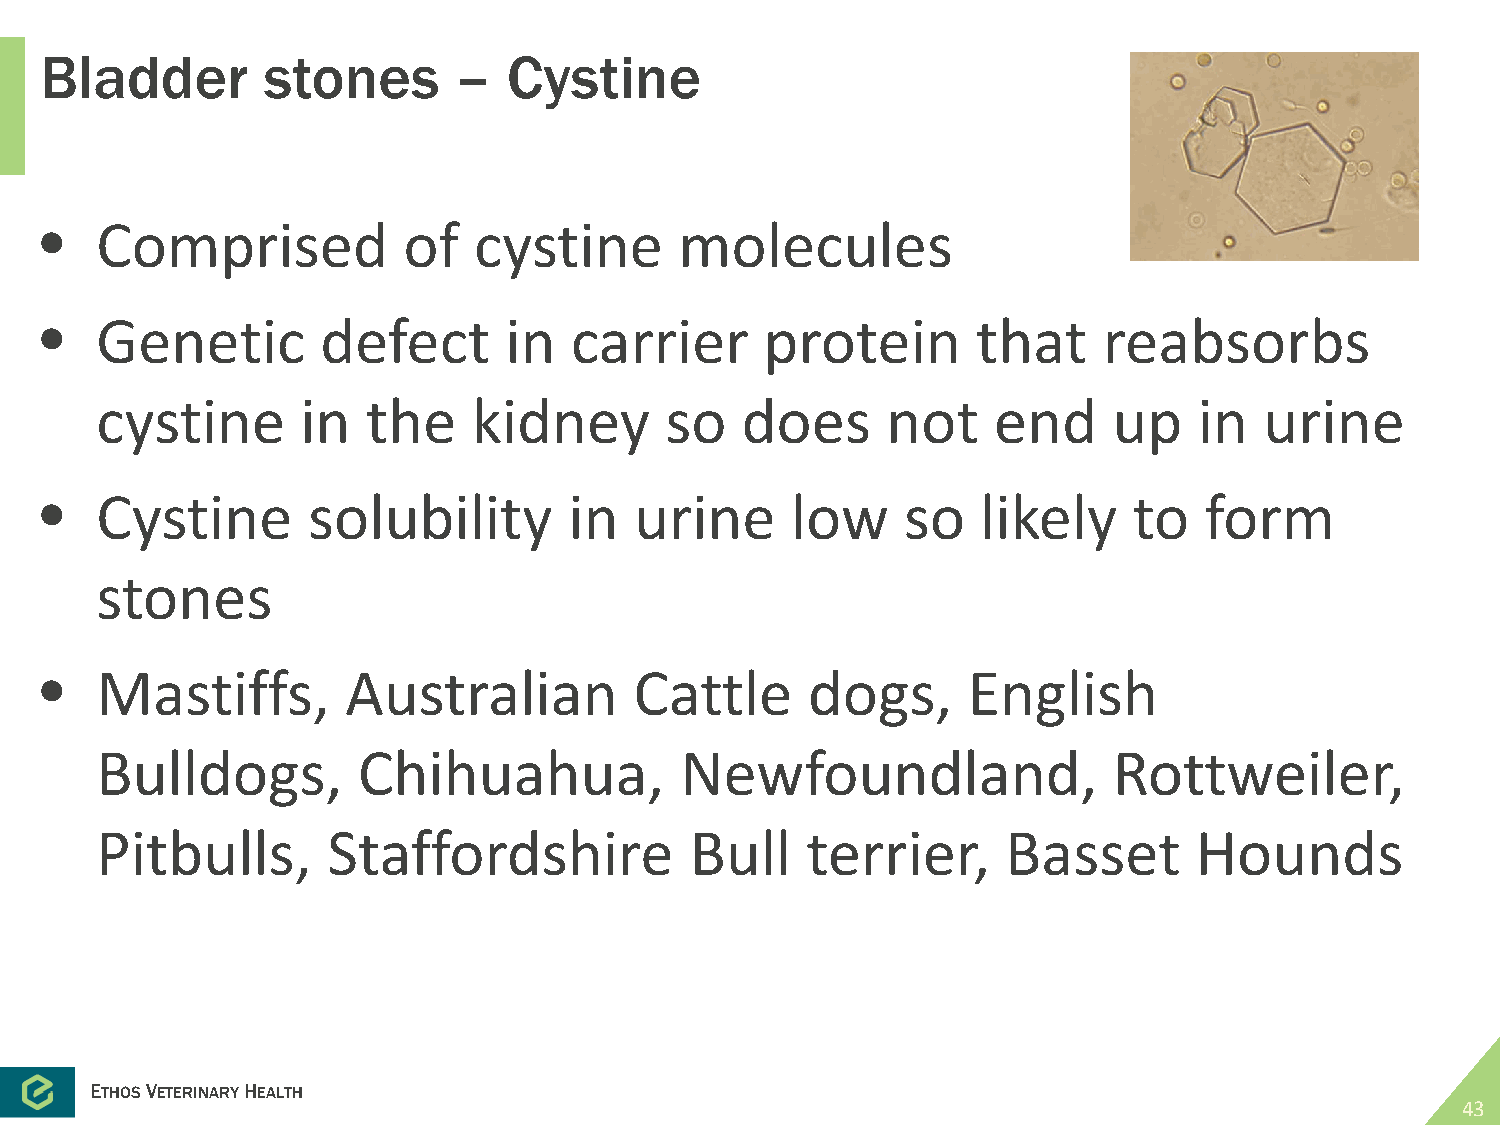
Bladder       stones       –   Cystine
 •  Comprised            of  cystine       molecules
 •  Genetic        defect      in   carrier      protein       that    reabsorbs
 cystine       in  the    kidney       so   does      not    end     up   in   urine
 •  Cystine       solubility        in  urine     low     so   likely    to   form
 stones
 •  Mastiffs,        Australian         Cattle     dogs,      English
 Bulldogs,         Chihuahua,           Newfoundland,                Rottweiler,
 Pitbulls,       Staffordshire           Bull   terrier,      Basset      Hounds
 ETHOSVETERINARYHEALTH
 43